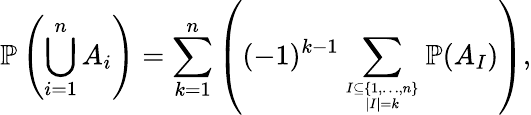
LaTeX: \mathbb{P}\left(\bigcup_{i=1}^{n}A_{i}\right)=\sum_{k=1}^{n}\left((-1)^{k-1}\sum_{I\subseteq\{ 1,\ldots,n\} \atop|I|=k}\mathbb{P}(A_{I})\right),